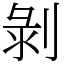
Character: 剝